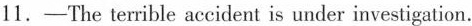
11.—The terrible accident is under investigation.